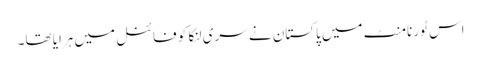
اس ٹورنامنٹ میں پاکستان نے سری لنکا کو فائنل میں ہرایا تھا۔